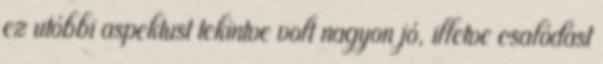
ez utóbbi aspektust tekintve volt nagyon jó, illetve csalódást